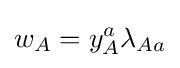
w_{A}=y_{A}^{a}\lambda _{Aa}